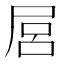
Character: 𡱶